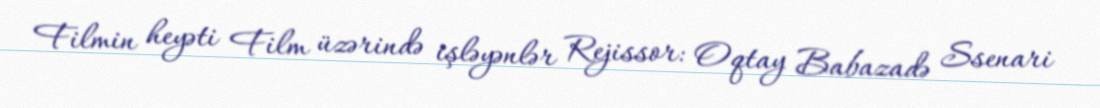
Filmin heyəti Film üzərində işləyənlər Rejissor: Oqtay Babazadə Ssenari